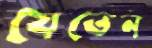
যেতেন